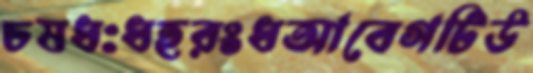
চষধঃধহরংধআবেগটিউ